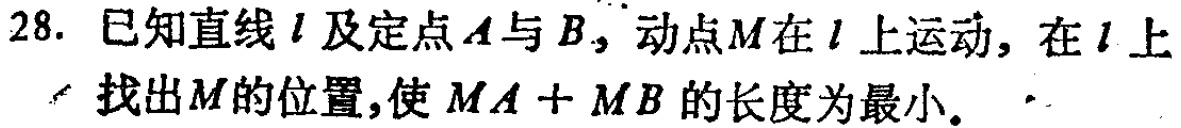
28. 已知直线\(l\)及定点\(A\)与\(B\)，动点\(M\)在\(l\)上运动，在\(l\)上找出\(M\)的位置，使\(MA + MB\)的长度为最小。